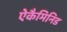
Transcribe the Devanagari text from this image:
ऐकैमिनिड